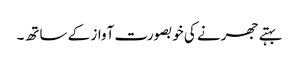
بہتے جھرنے کی خوبصورت آواز کے ساتھ۔